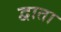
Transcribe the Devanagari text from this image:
द्वाता